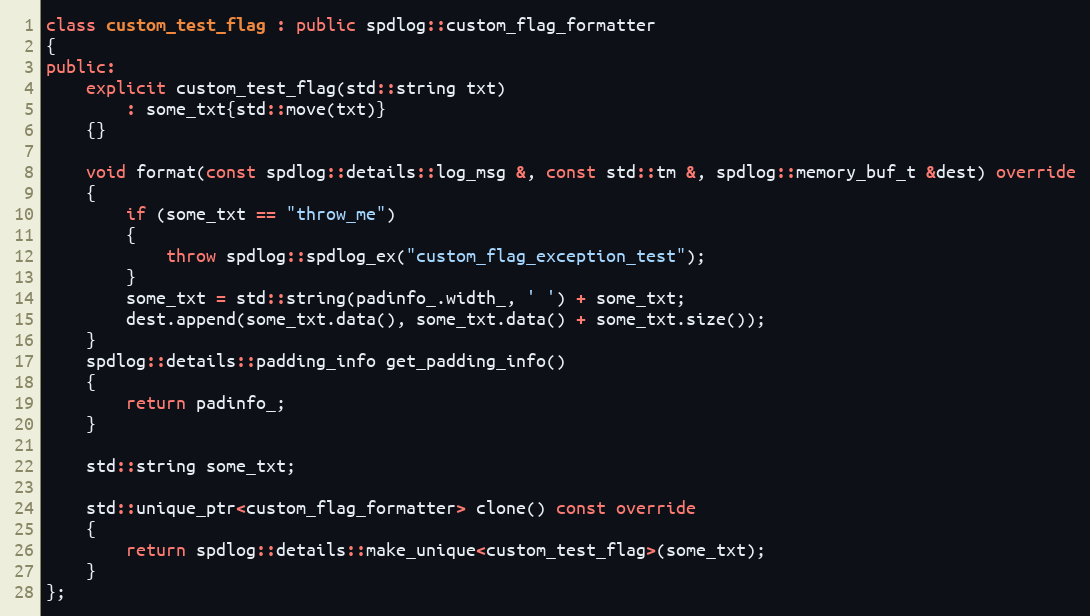
Language: C++
class custom_test_flag : public spdlog::custom_flag_formatter
{
public:
    explicit custom_test_flag(std::string txt)
        : some_txt{std::move(txt)}
    {}

    void format(const spdlog::details::log_msg &, const std::tm &, spdlog::memory_buf_t &dest) override
    {
        if (some_txt == "throw_me")
        {
            throw spdlog::spdlog_ex("custom_flag_exception_test");
        }
        some_txt = std::string(padinfo_.width_, ' ') + some_txt;
        dest.append(some_txt.data(), some_txt.data() + some_txt.size());
    }
    spdlog::details::padding_info get_padding_info()
    {
        return padinfo_;
    }

    std::string some_txt;

    std::unique_ptr<custom_flag_formatter> clone() const override
    {
        return spdlog::details::make_unique<custom_test_flag>(some_txt);
    }
};